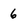
Character: 6